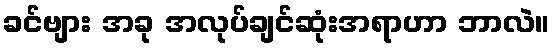
ခင်ဗျား အခု အလုပ်ချင်ဆုံးအရာဟာ ဘာလဲ။